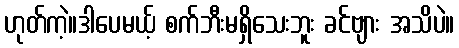
ဟုတ်ကဲ့။ဒါပေမယ့် စက်ဘီးမရှိသေးဘူး ခင်ဗျား အသိပဲ။